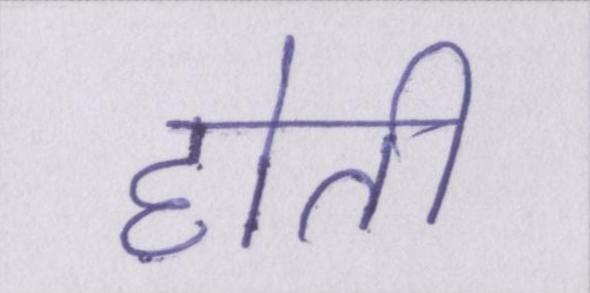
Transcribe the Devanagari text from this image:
होती